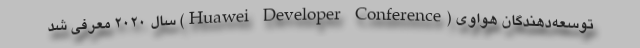
توسعه‌دهندگان هواوی (Huawei Developer Conference) سال ۲۰۲۰ معرفی شد